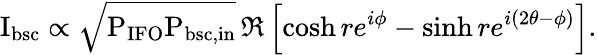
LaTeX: \mathrm{I_{\textup{bsc}}}\propto\sqrt{\mathrm{P_{\textup{IFO}}P_{\textup{bsc,in}}}}\, \Re\left[\cosh re^{i\phi}-\sinh re^{i(2\theta-\phi)}\right].